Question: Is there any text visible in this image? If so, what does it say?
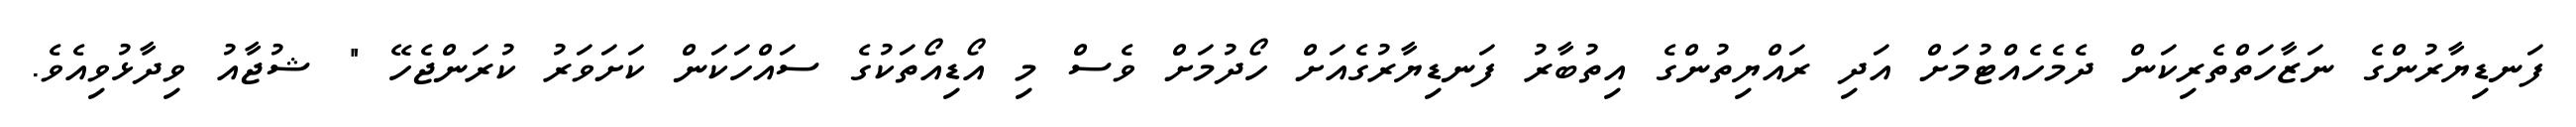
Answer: ފަނޑިޔާރުންގެ ނަޒާހަތްތެރިކަން ދެމެހެއްޓުމަށް އަދި ރައްޔިތުންގެ އިތުބާރު ފަނޑިޔާރުގެއަށް ހޯދުމަށް ވެސް މި އޯޑިއޯތަކުގެ ސައްހަކަން ކަށަވަރު ކުރަންޖެހޭ " ޝުޖާއު ވިދާޅުވިއެވެ.